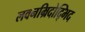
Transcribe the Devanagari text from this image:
लवनम्रिदोद्भिद